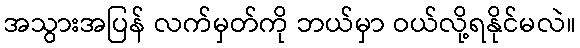
အသွားအပြန် လက်မှတ်ကို ဘယ်မှာ ဝယ်လို့ရနိုင်မလဲ။